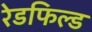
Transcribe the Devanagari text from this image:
रेडफिल्ड